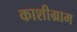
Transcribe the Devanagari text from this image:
काशीग्राम